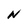
Character: N